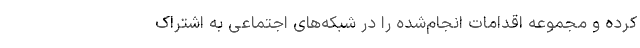
کرده و مجموعه اقدامات انجام‌شده را در شبکه‌های اجتماعی به اشتراک